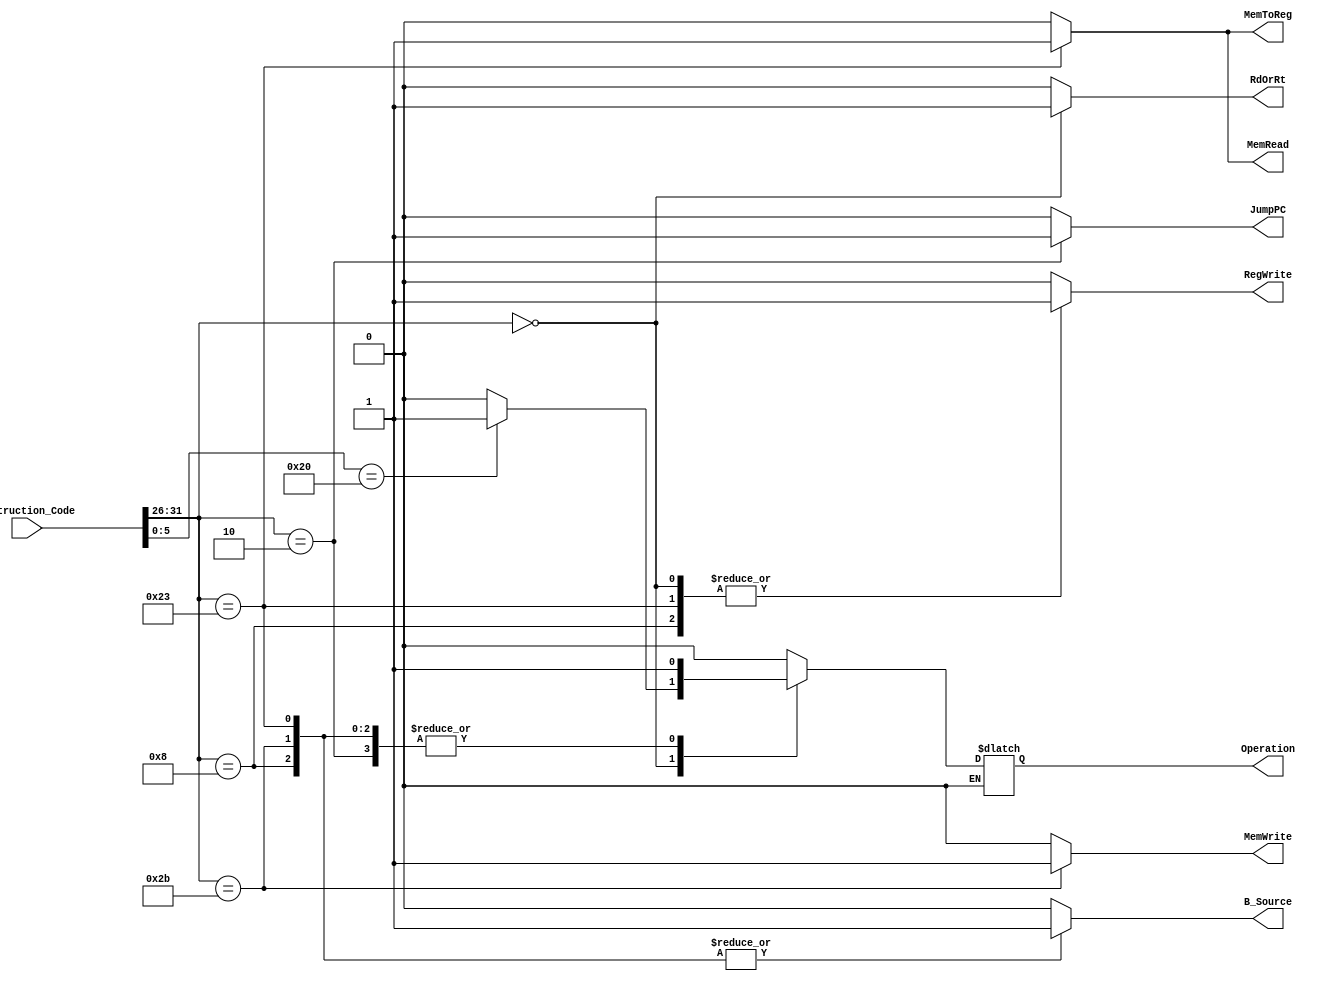
`timescale 1ns/1ps

module Control_Signal_Generator(
    input [31:0] Instruction_Code,
    output reg RegWrite,
    output reg MemRead,
    output reg MemWrite,
    output reg MemToReg,
    output reg B_Source,
    output reg Operation,
    output reg RdOrRt,
    output reg JumpPC
);

wire [5:0] Opcode = Instruction_Code[31:26];
wire [5:0] Function = Instruction_Code[5:0];

always@(*)
begin
// ADD and AND
    if (Opcode == 000000) begin
    case (Function)
    6'b100100 : Operation = 0;
    6'b100000 : Operation = 1;
    default : Operation = 0;
    endcase
    end

//for control signals except than aluop
   case(Opcode)
    //ADD and AND
    6'b000000 : begin
                B_Source = 0;
                JumpPC = 0;
                RegWrite = 1;
                MemRead = 0;
                MemWrite = 0;
                MemToReg = 0;
                RdOrRt = 1;
                end
    // ADDI
    6'b001000 : begin
                B_Source = 1;
                JumpPC = 0;
                RegWrite = 1;
                MemRead = 0;
                MemWrite = 0;
                MemToReg = 0;
                RdOrRt = 0;
                Operation = 1;
                end
    // SW
    6'b101011 : begin
                B_Source = 1;
                JumpPC = 0;
                RegWrite = 0;
                MemRead = 0;
                MemWrite = 1;
                MemToReg = 0;
                RdOrRt = 0;
                Operation = 1;
                end
    // LW
    6'b100011 : begin
                B_Source = 1;
                JumpPC = 0;
                RegWrite = 1;
                MemRead = 1;
                MemWrite = 0;
                MemToReg = 1;
                RdOrRt = 0;
                Operation = 1;
                end
    // JUMP
    6'b000010 : begin
                B_Source = 0;
                JumpPC = 1;
                RegWrite = 0;
                MemRead = 0;
                MemWrite = 0;
                MemToReg = 0;
                RdOrRt = 0;
                Operation = 1;
                end

     default :  begin
                B_Source = 0;
                JumpPC = 0;
                RegWrite = 0;
                MemRead = 0;
                MemWrite = 0;
                MemToReg = 0;
                RdOrRt = 0;
                Operation = 0;
                end
    endcase
end
endmodule